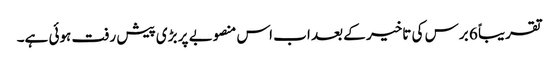
تقریباً 6 برس کی تاخیر کے بعد اب اس منصوبے پر بڑی پیش رفت ہوئی ہے۔